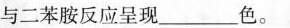
与二苯胺反应呈现___色。